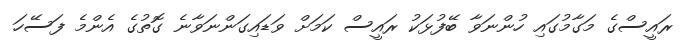
ރައީސްގެ މަގާމުގައި ހުންނަވާ ބޭފުޅަކު ރައީސް ކަަމަށް ވަޑައިގަންނަވާނެ ގޮތުގެ އެންމެ ފަސޭހަ